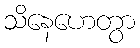
သိနေဟေတွာ